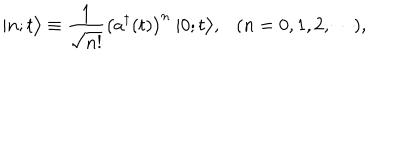
LaTeX: | n ; t \bigr > \equiv \frac { 1 } { \sqrt { n ! } } \bigl ( a ^ { \dagger } ( t ) \bigr ) ^ { n } ~ | 0 ; t \bigr > , ( n = 0 , 1 , 2 , \cdots ) ,